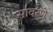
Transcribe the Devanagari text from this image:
सावरणे